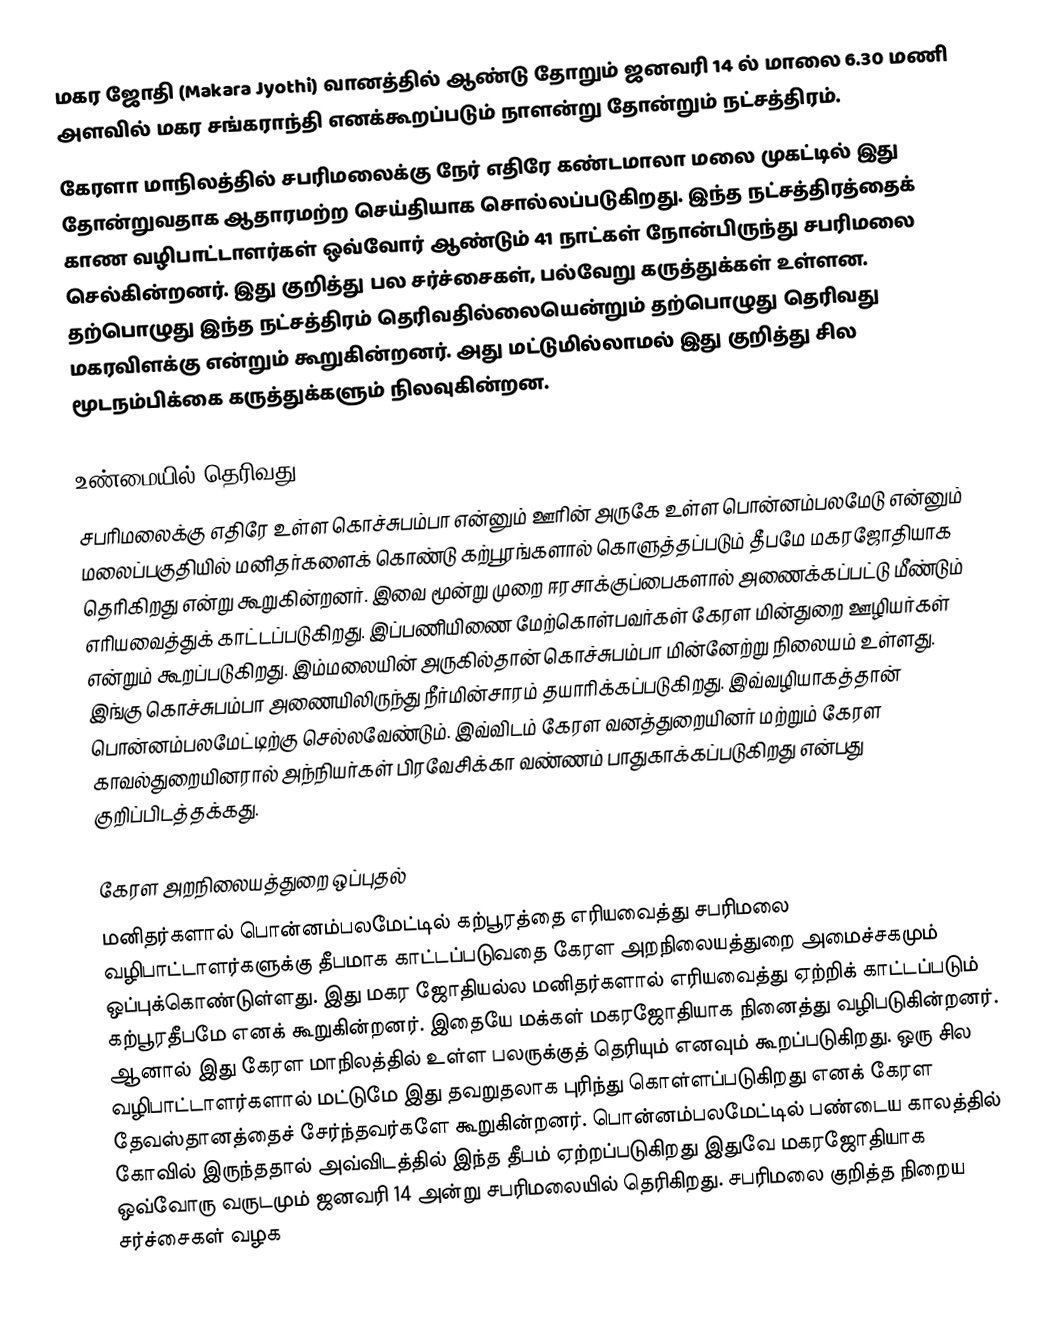
மகர ஜோதி (Makara Jyothi) வானத்தில் ஆண்டு தோறும் ஜனவரி 14 ல் மாலை 6.30 மணி அளவில் மகர சங்கராந்தி எனக்கூறப்படும் நாளன்று தோன்றும் நட்சத்திரம்.
கேரளா மாநிலத்தில் சபரிமலைக்கு நேர் எதிரே கண்டமாலா மலை முகட்டில் இது தோன்றுவதாக ஆதாரமற்ற செய்தியாக சொல்லப்படுகிறது. இந்த நட்சத்திரத்தைக் காண வழிபாட்டாளர்கள் ஒவ்வோர் ஆண்டும் 41 நாட்கள் நோன்பிருந்து சபரிமலை செல்கின்றனர். இது குறித்து பல சர்ச்சைகள், பல்வேறு கருத்துக்கள் உள்ளன. தற்பொழுது இந்த நட்சத்திரம் தெரிவதில்லையென்றும் தற்பொழுது தெரிவது மகரவிளக்கு என்றும் கூறுகின்றனர். அது மட்டுமில்லாமல் இது குறித்து சில மூடநம்பிக்கை கருத்துக்களும் நிலவுகின்றன.

உண்மையில் தெரிவது
சபரிமலைக்கு எதிரே உள்ள  கொச்சுபம்பா என்னும் ஊரின் அருகே உள்ள பொன்னம்பலமேடு என்னும் மலைப்பகுதியில் மனிதர்களைக் கொண்டு கற்பூரங்களால் கொளுத்தப்படும் தீபமே மகரஜோதியாக தெரிகிறது என்று கூறுகின்றனர். இவை மூன்று முறை ஈரசாக்குப்பைகளால் அணைக்கப்பட்டு மீண்டும் எரியவைத்துக் காட்டப்படுகிறது. இப்பணியிணை மேற்கொள்பவர்கள் கேரள மின்துறை ஊழியர்கள் என்றும் கூறப்படுகிறது. இம்மலையின் அருகில்தான் கொச்சுபம்பா மின்னேற்று நிலையம் உள்ளது. இங்கு கொச்சுபம்பா அணையிலிருந்து நீர்மின்சாரம் தயாரிக்கப்படுகிறது. இவ்வழியாகத்தான் பொன்னம்பலமேட்டிற்கு செல்லவேண்டும். இவ்விடம் கேரள வனத்துறையினர் மற்றும் கேரள காவல்துறையினரால் அந்நியர்கள் பிரவேசிக்கா வண்ணம் பாதுகாக்கப்படுகிறது என்பது குறிப்பிடத்தக்கது.

கேரள அறநிலையத்துறை ஒப்புதல்
மனிதர்களால் பொன்னம்பலமேட்டில் கற்பூரத்தை எரியவைத்து சபரிமலை வழிபாட்டாளர்களுக்கு தீபமாக காட்டப்படுவதை கேரள அறநிலையத்துறை அமைச்சகமும் ஒப்புக்கொண்டுள்ளது. இது மகர ஜோதியல்ல மனிதர்களால் எரியவைத்து ஏற்றிக் காட்டப்படும் கற்பூரதீபமே எனக் கூறுகின்றனர். இதையே மக்கள் மகரஜோதியாக நினைத்து வழிபடுகின்றனர். ஆனால் இது கேரள மாநிலத்தில் உள்ள பலருக்குத் தெரியும் எனவும் கூறப்படுகிறது. ஒரு சில வழிபாட்டாளர்களால் மட்டுமே இது தவறுதலாக புரிந்து கொள்ளப்படுகிறது எனக் கேரள தேவஸ்தானத்தைச் சேர்ந்தவர்களே கூறுகின்றனர். பொன்னம்பலமேட்டில் பண்டைய காலத்தில் கோவில் இருந்ததால் அவ்விடத்தில் இந்த தீபம் ஏற்றப்படுகிறது இதுவே மகரஜோதியாக ஒவ்வோரு வருடமும் ஜனவரி 14 அன்று சபரிமலையில் தெரிகிறது. சபரிமலை குறித்த நிறைய சர்ச்சைகள் வழக